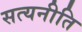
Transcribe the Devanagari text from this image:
सत्यनीति